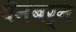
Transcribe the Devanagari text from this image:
वॅनबर्न